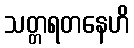
သတ္တရတနေဟိ